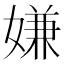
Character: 嫌